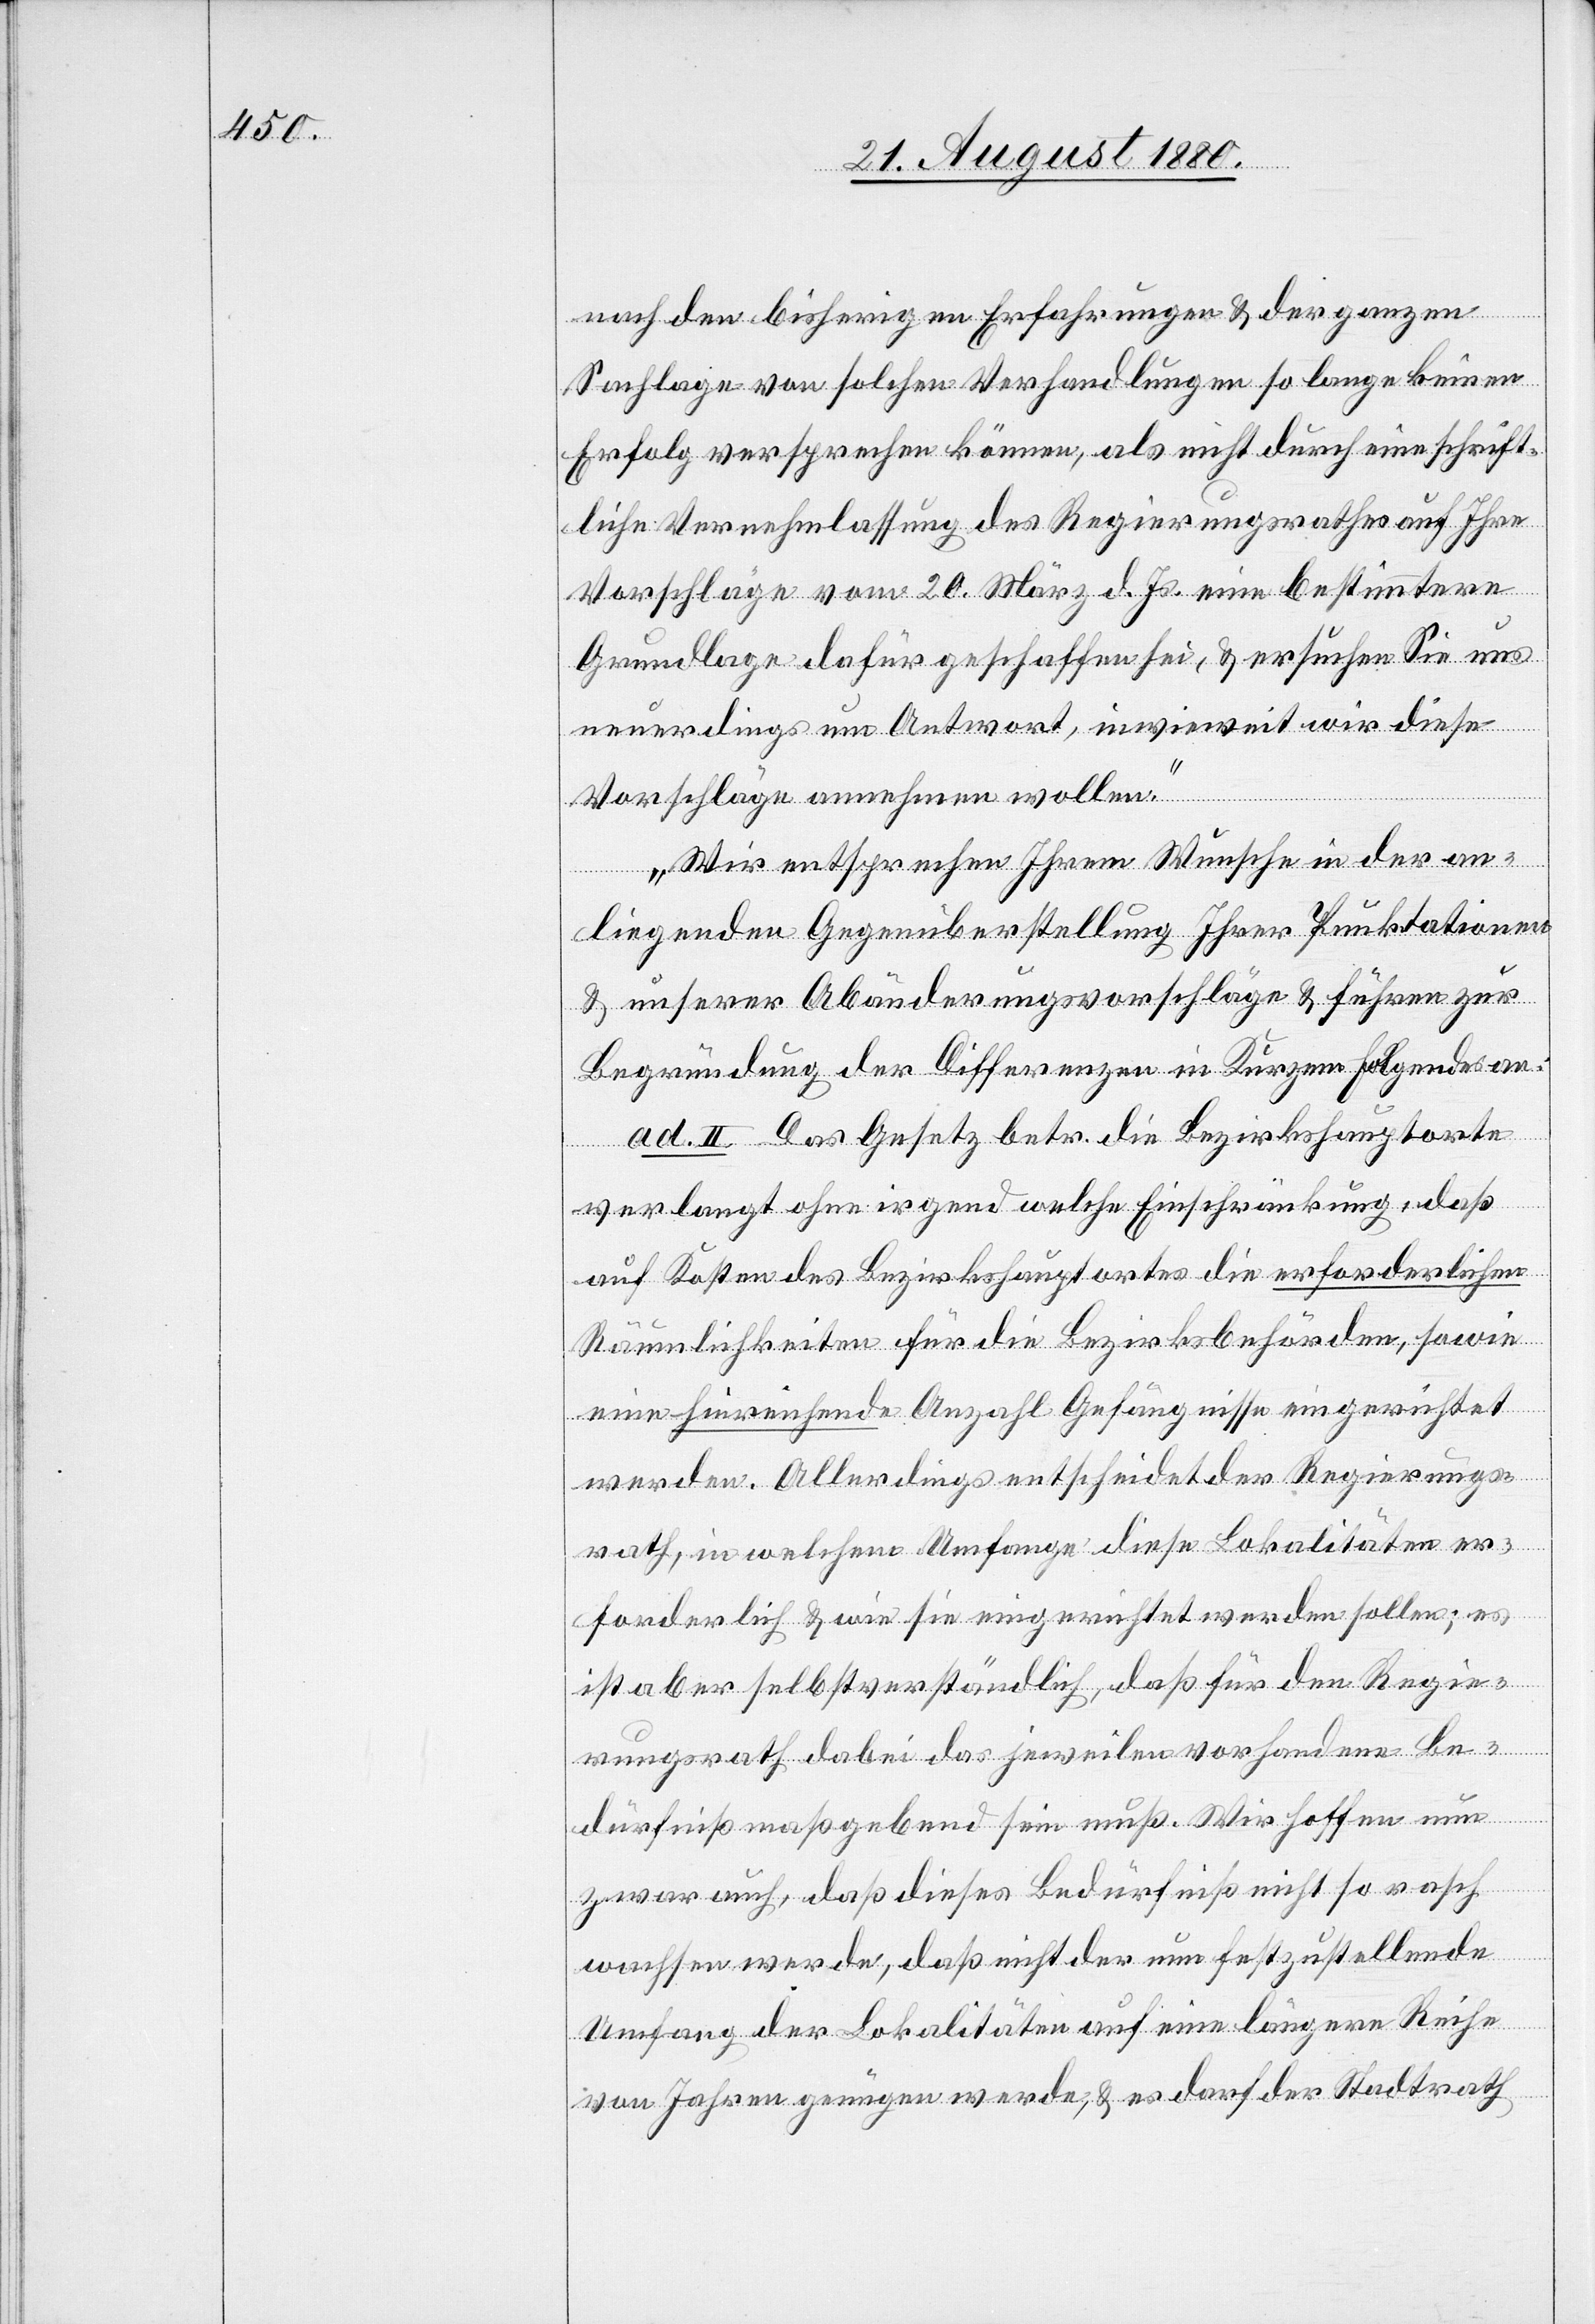
nach den bisherigen Erfahrungen & der ganzen
Sachlage von solchen Verhandlungen so lange keinen
Erfolg versprechen können, als nicht durch eine schrift¬
liche Vernehmlassung des Regierungsrathes auf Ihre
Vorschläge vom 20. März d. Js. eine bestimmtere
Grundlage dafür geschaffen sei, & ersuchen Sie uns
neuerdings um Antwort, inwieweit wir diese
Vorschläge annehmen wollen.
Wir entsprechen Ihrem Wunsche in der an¬
liegenden Gegenüberstellung Ihrer Punktationen
& unserer Abänderungsvorschläge & führen zur
Begründung der Differenzen in Kurzem Folgendes an:
ad. II. Das Gesetz betr. die Bezirkshauptorte
verlangt ohne irgend welche Einschränkung, daß
auf Kosten des Bezirkshauptortes die erforderlichen
Räumlichkeiten für die Bezirksbehörden, sowie
eine hinreichende Anzahl Gefängnisse eingerichtet
werden. Allerdings entscheidet der Regierungs¬
rath, in welchem Umfange diese Lokalitäten er¬
forderlich & wie sie eingerichtet werden sollen; es
ist aber selbstverständlich, daß für den Regie¬
rungsrath dabei das jeweilen vorhandene Be¬
dürfniß maßgebend sein muß. Wir hoffen nun
zwar auch, daß dieses Bedürfniß nicht so rasch
wachsen werde, daß nicht der nun festzustellende
Umfang der Lokalitäten auf eine längere Reihe
von Jahren genügen werde, & es darf der Stadtrath